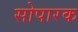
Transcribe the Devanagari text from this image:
सोपारक